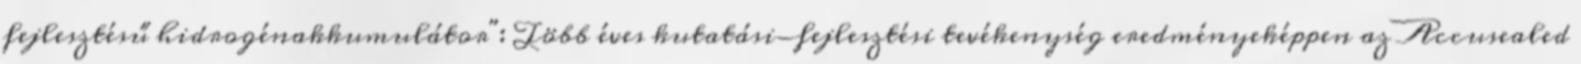
fejlesztésű hidrogénakkumulátor": Több éves kutatási-fejlesztési tevékenység eredményeképpen az Accusealed